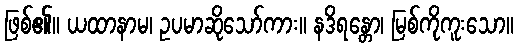
ဖြစ်၏။ ယထာနာမ၊ ဥပမာဆိုသော်ကား။ နဒိရန္တော၊ မြစ်ကိုကူးသော။